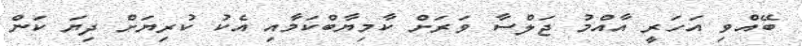
ބޭއްވި އަހަރީ އާއްމު ޖަލްސާ ވަރަށް ކާމިޔާބްކަމާއި އެކު ކުރިޔަށް ދިޔަ ކަން